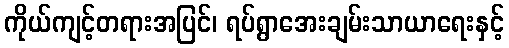
ကိုယ်ကျင့်တရားအပြင်၊ ရပ်ရွာအေးချမ်းသာယာရေးနှင့်